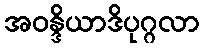
အဝန္ဒိယာဒိပုဂ္ဂလာ